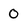
Character: 0